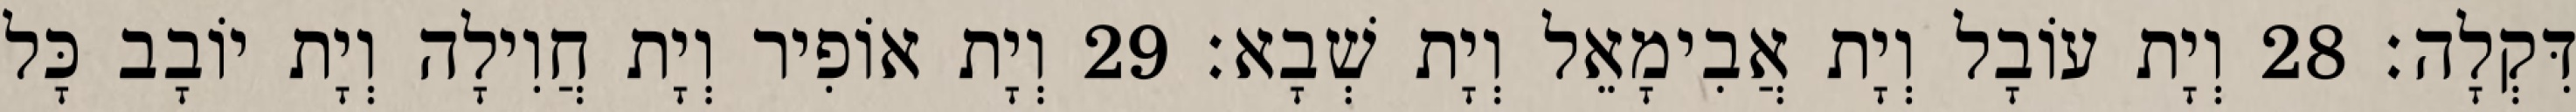
דִּקְלָה׃ 28 וְיָת עוֹבָל וְיָת אֲבִימָאֵל וְיָת שְׁבָא׃ 29 וְיָת אוֹפִיר וְיָת חֲוִילָה וְיָת יוֹבָב כָּל